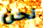
نحن